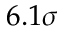
6 . 1 \sigma